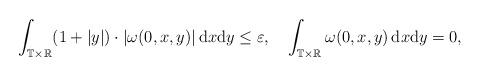
LaTeX: \begin{align*}\int_{\mathbb{T}\times\mathbb{R}}(1+|y|)\cdot|\omega(0,x,y)|\,\mathrm{d}x\mathrm{d}y\leq\varepsilon,\quad\int_{\mathbb{T}\times\mathbb{R}}\omega(0,x,y)\,\mathrm{d}x\mathrm{d}y=0,\end{align*}